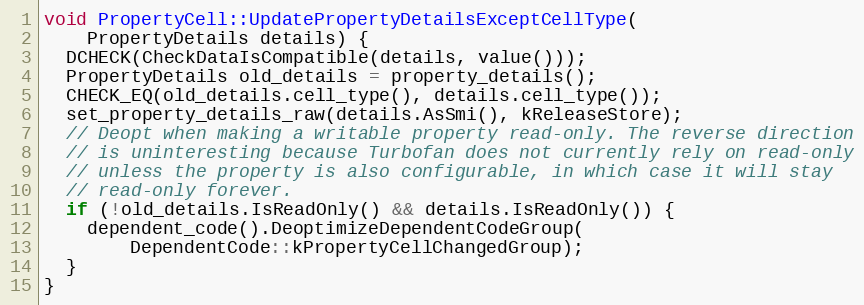
Language: C
void PropertyCell::UpdatePropertyDetailsExceptCellType(
    PropertyDetails details) {
  DCHECK(CheckDataIsCompatible(details, value()));
  PropertyDetails old_details = property_details();
  CHECK_EQ(old_details.cell_type(), details.cell_type());
  set_property_details_raw(details.AsSmi(), kReleaseStore);
  // Deopt when making a writable property read-only. The reverse direction
  // is uninteresting because Turbofan does not currently rely on read-only
  // unless the property is also configurable, in which case it will stay
  // read-only forever.
  if (!old_details.IsReadOnly() && details.IsReadOnly()) {
    dependent_code().DeoptimizeDependentCodeGroup(
        DependentCode::kPropertyCellChangedGroup);
  }
}